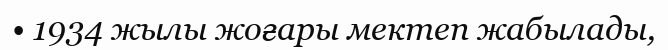
• 1934 жылы жоғары мектеп жабылады,